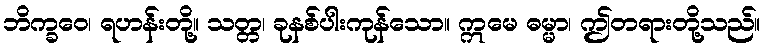
ဘိက္ခဝေ၊ ရဟန်းတို့။ သတ္တ၊ ခုနစ်ပါးကုန်သော။ ဣမေ ဓမ္မာ၊ ဤတရားတို့သည်။